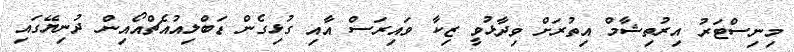
މިނިސްޓަރު އިރުތިޝާމް އިތުރަށް ވިދާޅުވީ ޒިކާ ވައިރަސް އާއި ގުޅިގެން ޑަބްލިއުއެޗްއޯއިން ދުނިޔޭގައި